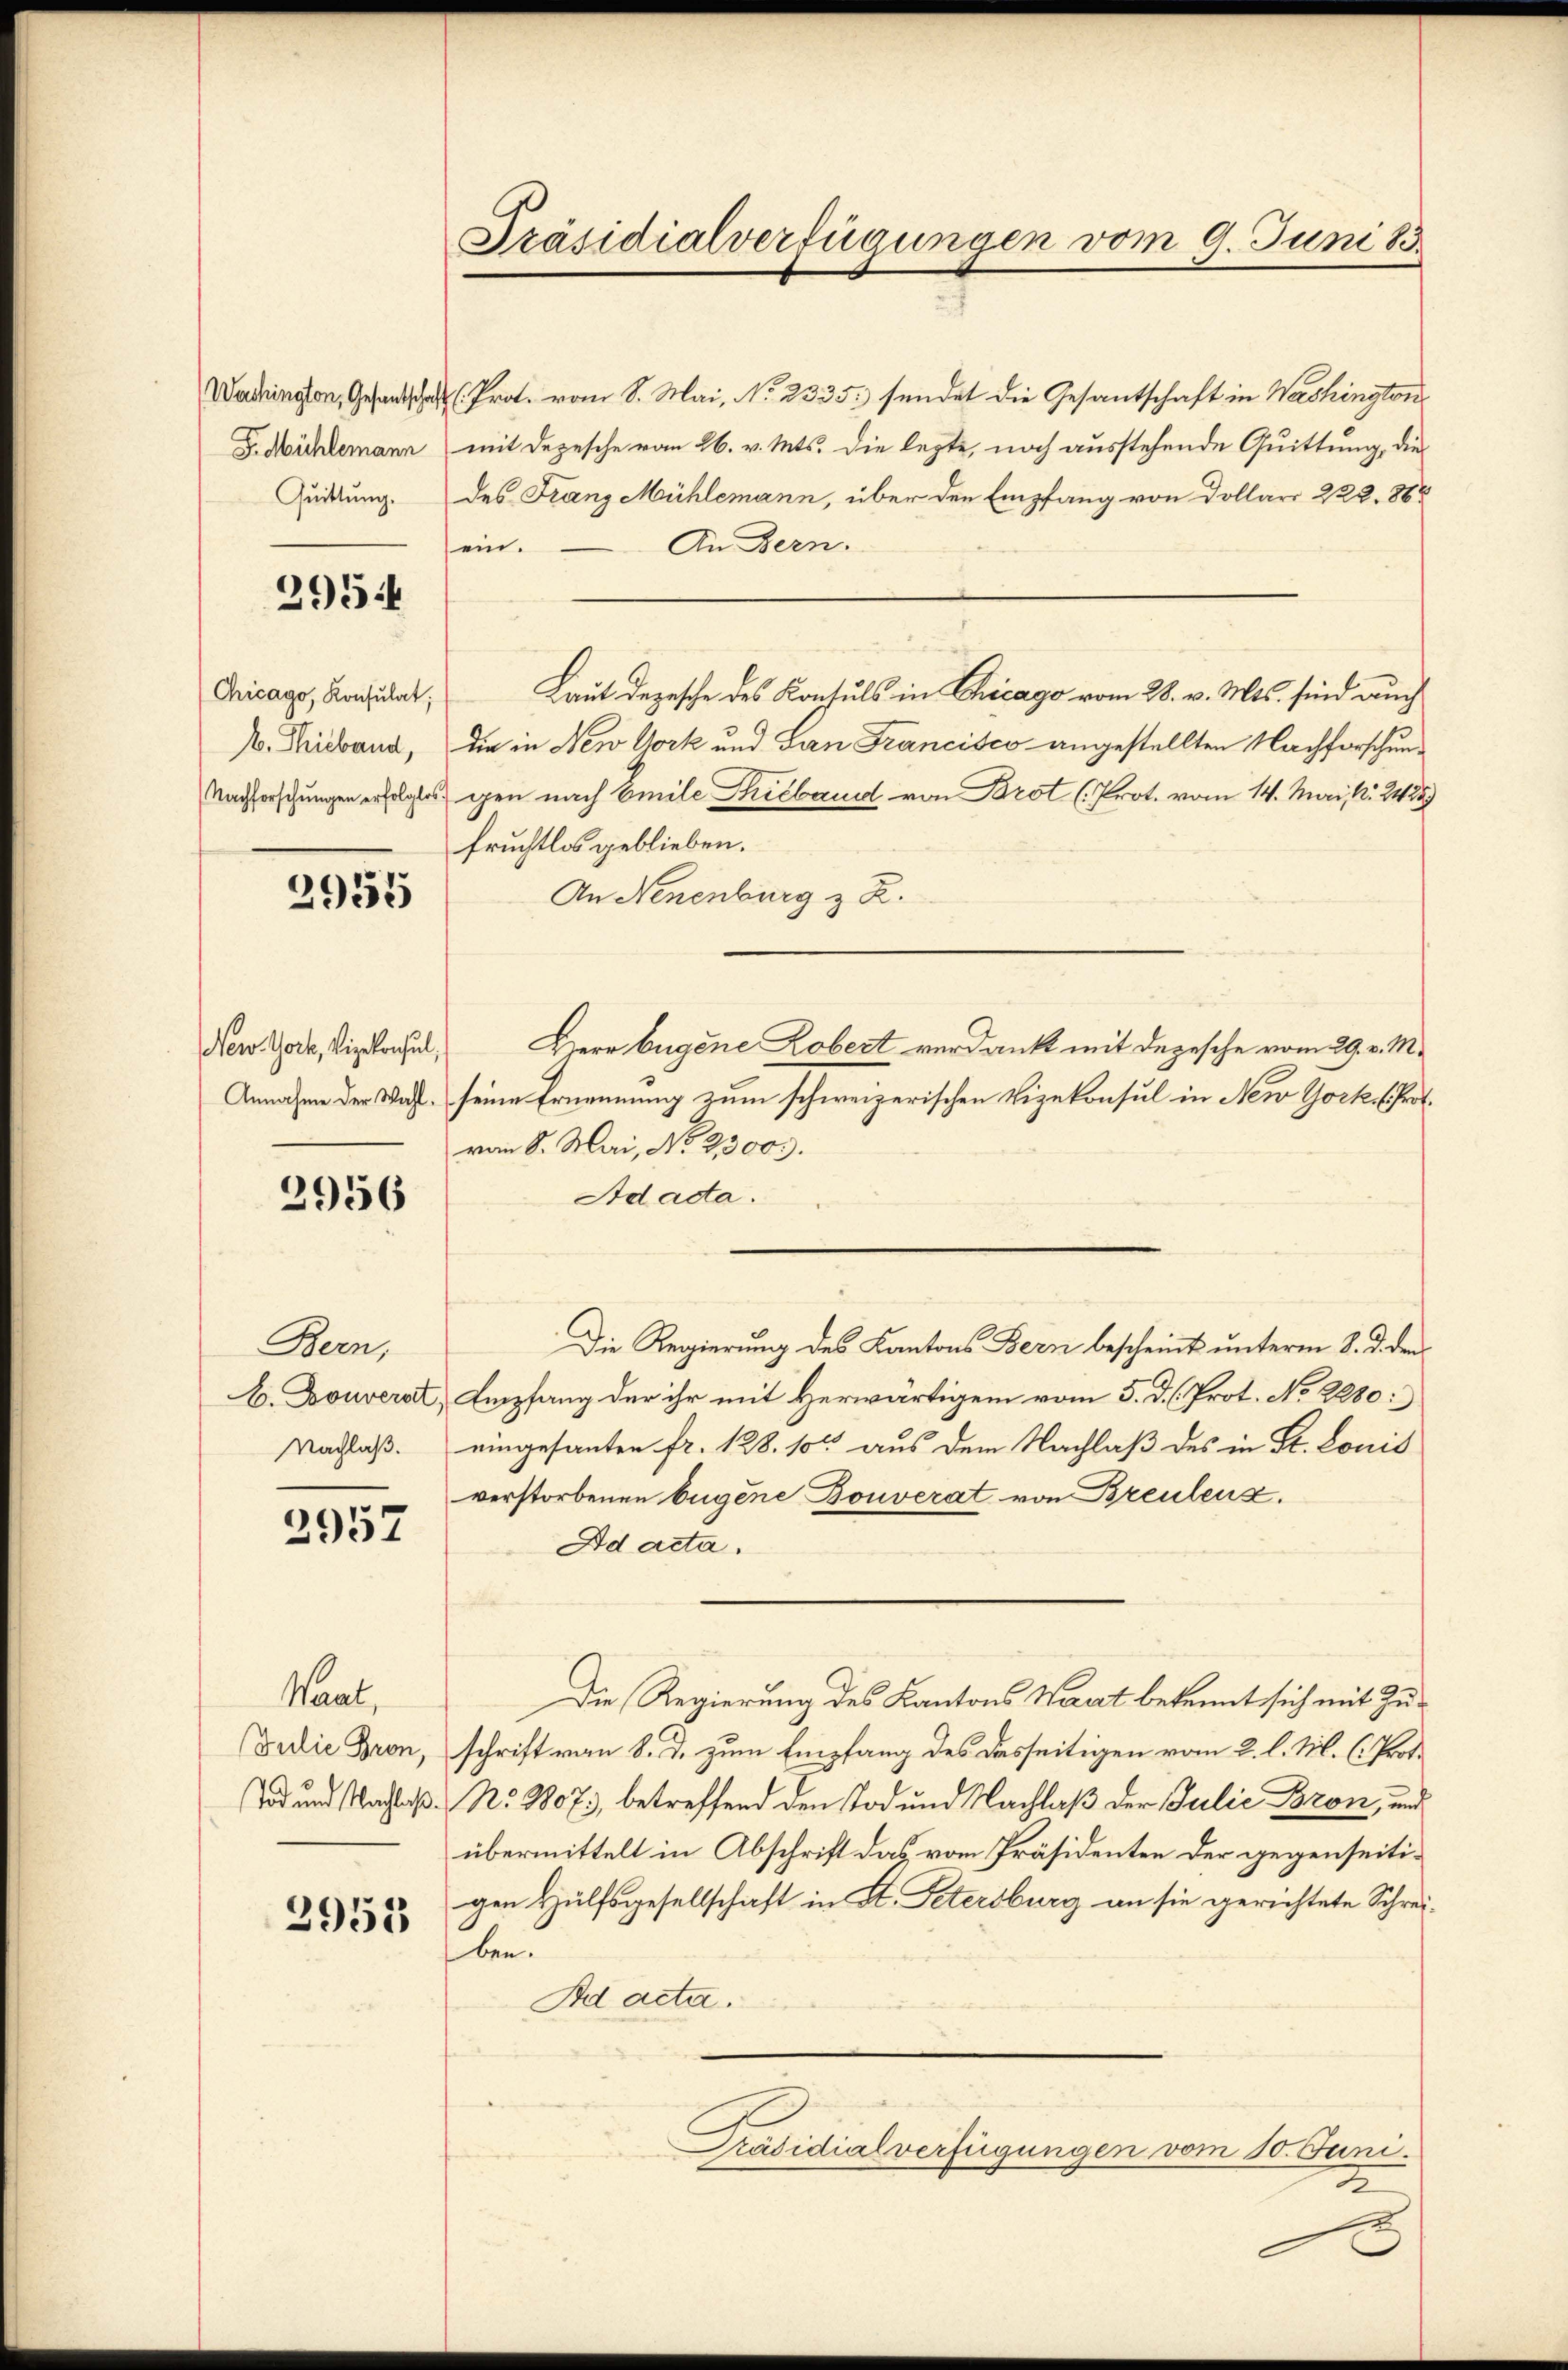
Quittung.

2954

2955

New York, Vizekonsul,

2956

Bern,
Nachlaß.

2957

Waat,

2953

Präsidialverfügungen vom 9. Juni 183

Wadringen, Gesandtsche Prot. vom 8. Mai, No. 2335. sendet die Gesandtschaft in Washington
G. Mühlemann mit Depesche vom 26. v. Mts. die lezte, noch ausstehende Quittung, die
des Franz Mühlemann, über den Empfang von Dollars 222. 865
An Bern.
ein.
Gricago, Rochiat. Laut Depesche des Konsuls in Chicago vom 28. v. Mts. sind auch
B. Thiband, die in New York und San Francisco angestellten Nachforschun¬
Nachforschungen erfolgtes gen nach Emile Triebend von Brot (Prot. vom 14. Mai d. 24289
fruchtlos geblieben.
An Neuenburg z. Z.
Herr Eugene Lobert verdankt mit Depesche vom 29. v. M.
Annahme der Wahl, seine Ernennung zum schweizerischen Vizekonsul in New York (Prot.
vom 8. Mai, No. 2300.
Adacta.
Die Regierung des Kantons Bern bescheint unterm 8. d. den
b. Douveral, Empfang der ihr mit Herwärtigem vom 5. d. h. Prot. No 2280:
eingesanten fr. 128. 100 aus dem Nachlaß des in St. Louis
verstorbenen bugene Bouverat von Brentenz.
Ad acta.
Die Regierung des Kantons Wart bekannt sich mit Zu¬
(I die Bron, schrift von 8. d. zum Empfang des desseitigen vom 2. l. M. C. Prof.
od und Nachlaß No. 1807., betreffend den Tod und Nachlaß der Julie Bron, und
übermittelt in Abschrift das vom Präsidenten der gegenseitigen Hülfsgesellschaft in St. Petersburg an sie gerichtete Schreiben
Ad acta.
Präsidialverfügungen vom 10. Juni.
2